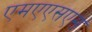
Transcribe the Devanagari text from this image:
एमएएसएस